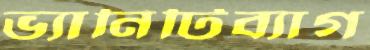
ভ্যানিটিব্যাগ